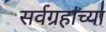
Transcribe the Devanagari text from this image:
सर्वग्रहांच्या